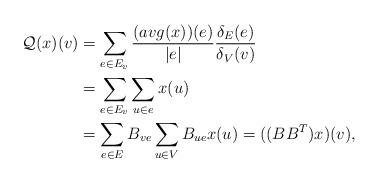
LaTeX: \begin{align*} \mathcal Q(x)(v)&=\sum\limits_{e\in E_v}\frac{(avg(x))(e)}{|e|}\frac{\delta_E(e)}{\delta_V(v)} \\& =\sum\limits_{e\in E_v}\sum\limits_{u\in e}x(u)\\& =\sum\limits_{e\in E}B_{ve}\sum\limits_{u\in V}B_{ue}x(u)=((BB^T)x)(v), \end{align*}